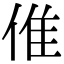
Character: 倠